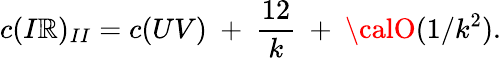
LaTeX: c(I\mathbb{R})_{II}=c(UV)~+~{\frac{{12}}{{k}}}~+~{\calO}(1/k^{2}).